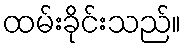
ထမ်းခိုင်းသည်။